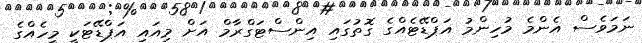
ނަމަވެސް އެންމެ މުހިންމު އަޕްޑޭޓެއްގެ ގޮތުގައި އިންސްޓަގްރާމް އަށް މިއައި އަޕްޑޭޓަކީ މީހެއްގެ